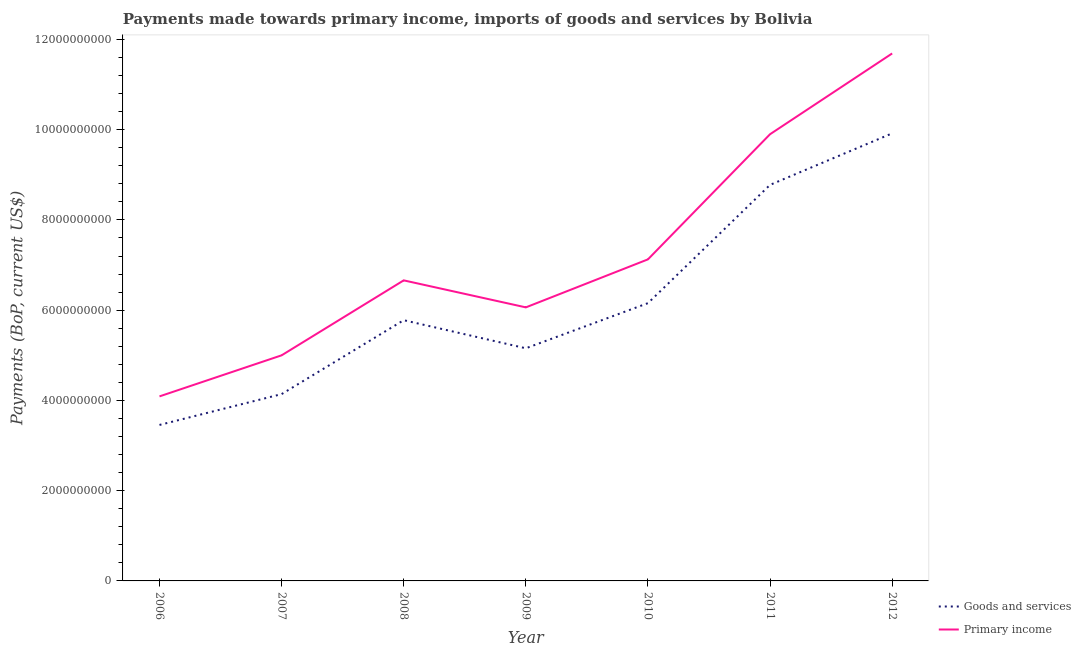
| Year | Goods and services | Primary income |
 | --- | --- | --- |
 | 2006 | 3.46e+09 | 4.09e+09 |
 | 2007 | 4.14e+09 | 5e+09 |
 | 2008 | 5.78e+09 | 6.66e+09 |
 | 2009 | 5.16e+09 | 6.06e+09 |
 | 2010 | 6.16e+09 | 7.13e+09 |
 | 2011 | 8.78e+09 | 9.9e+09 |
 | 2012 | 9.92e+09 | 1.17e+10 |